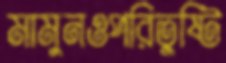
মামুনওপরিতুষ্টি